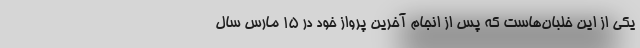
یکی از این خلبان‌هاست که پس از انجام آخرین پرواز خود در ۱۵ مارس سال